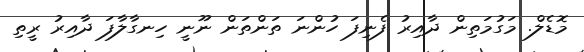
މޮޑެލް. މަގުމަތިން ދާއިރު ފެނިފަ ހުންނަ ތަންތަން ނޫނީ ހިނގާލާފަ ދާއިރު ރީތި